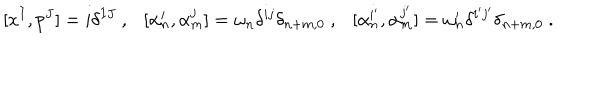
LaTeX: [ x ^ { I } , p ^ { J } ] = i \delta ^ { I J } ~ , [ \alpha _ { n } ^ { i } , \alpha _ { m } ^ { j } ] = \omega _ { n } \delta ^ { i j } \delta _ { n + m , 0 } ~ , [ \alpha _ { n } ^ { i ^ { \prime } } , \alpha _ { m } ^ { j ^ { \prime } } ] = \omega _ { n } ^ { \prime } \delta ^ { i ^ { \prime } j ^ { \prime } } \delta _ { n + m , 0 } ~ .